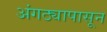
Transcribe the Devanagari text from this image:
अंगठ्यापासून